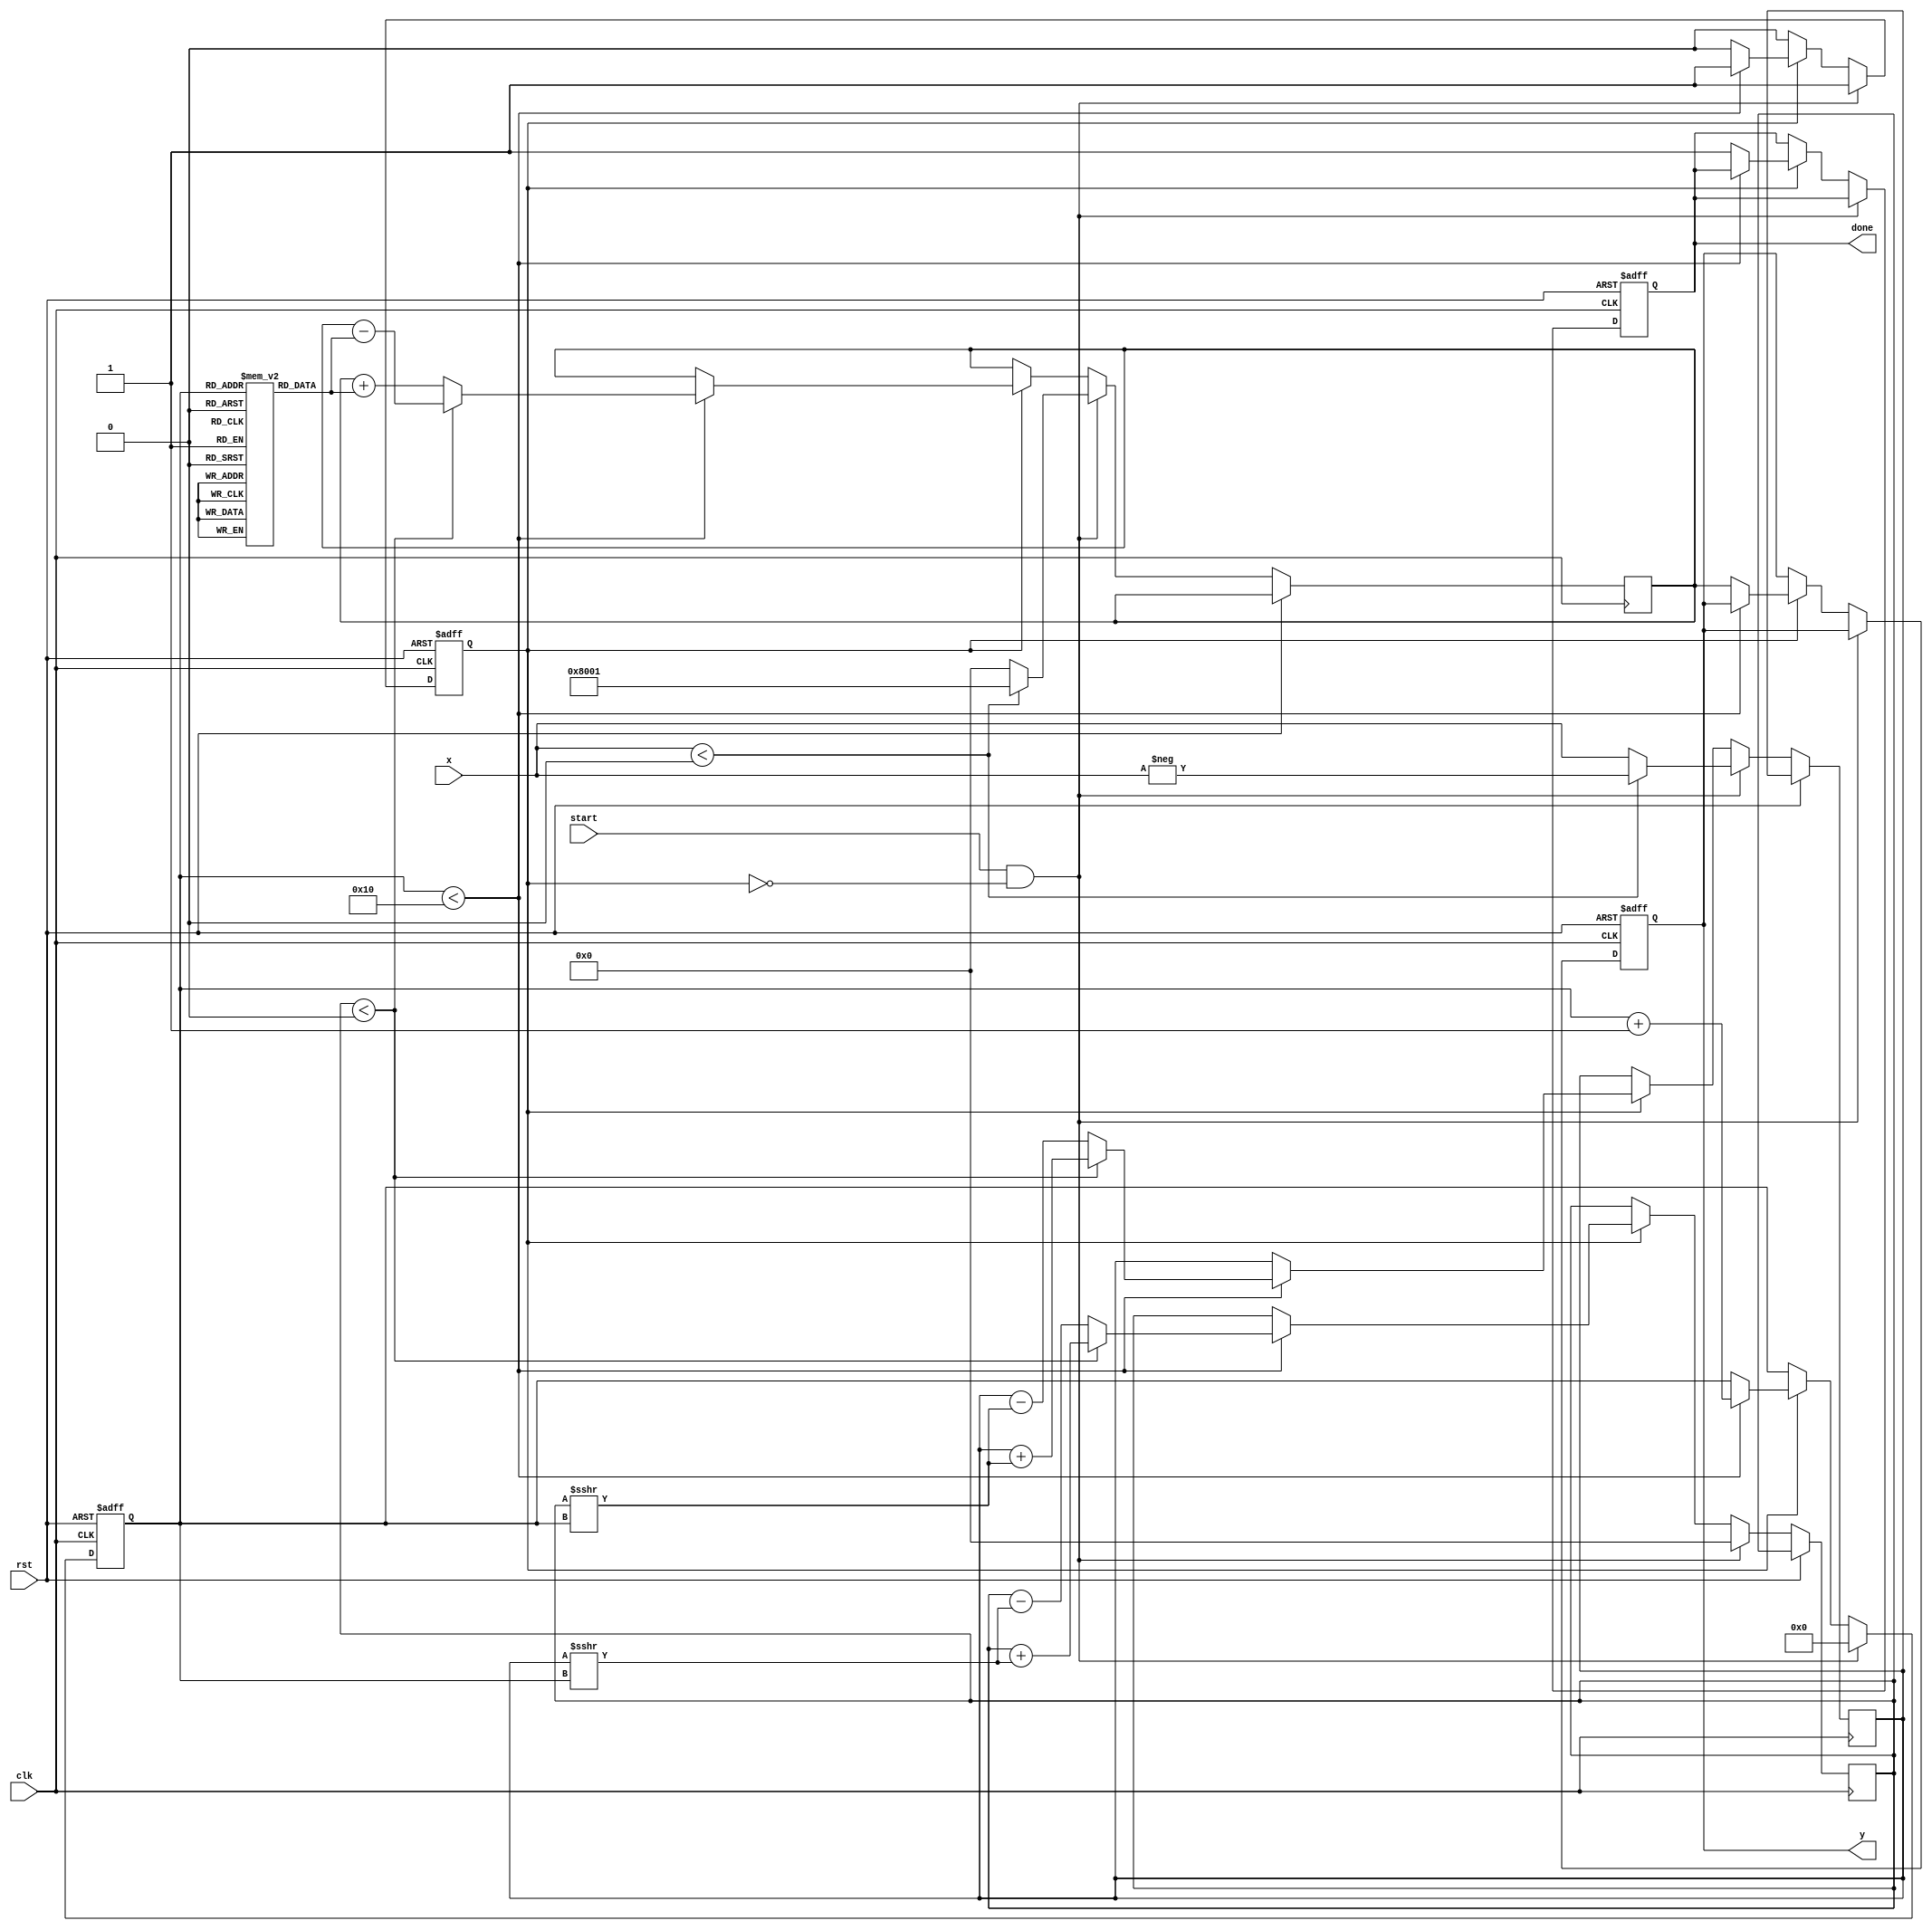
module atan_block (
    input clk,
    input rst,
    input start,
    input signed [15:0] x, // Input value
    output reg signed [15:0] y, // Output angle in radians
    output reg done // Indicates computation complete
);

    // CORDIC configuration parameters
    localparam WIDTH = 16; // Bits for fixed-point
    localparam ITERATIONS = 16; // Number of iterations for CORDIC
    
    reg signed [WIDTH-1:0] angle [0:ITERATIONS-1]; // Lookup for CORDIC angles
    reg signed [WIDTH-1:0] x_cordic, y_cordic, z_cordic; 
    reg [3:0] iteration_count; // Counter for iterations
    reg computing; // Flag to indicate ongoing computation

    // Initialize angles for CORDIC (in radians)
    initial begin
        angle[0] = 16'h3243; // atan(2^-0) = 0.7854
        angle[1] = 16'h1DAC; // atan(2^-1) = 0.4636
        angle[2] = 16'h1C71; // atan(2^-2) = 0.2449
        angle[3] = 16'h1A8E; // atan(2^-3) = 0.1250
        angle[4] = 16'h1C71; // atan(2^-4) = ...
        // Fill in remaining angles...
        angle[5] = 16'hFFFFFF;
        angle[6] = 16'hFFFFFF;
        angle[7] = 16'hFFFFFF;
        angle[8] = 16'hFFFFFF;
        angle[9] = 16'hFFFFFF;
        angle[10] = 16'hFFFFFF;
        angle[11] = 16'hFFFFFF;
        angle[12] = 16'hFFFFFF;
        angle[13] = 16'hFFFFFF;
        angle[14] = 16'hFFFFFF;
        angle[15] = 16'hFFFFFF;
    end

    // Sequential logic
    always @(posedge clk or posedge rst) begin
        if (rst) begin
            y <= 0;
            done <= 0;
            computing <= 0;
            iteration_count <= 0;
        end else if (start && !computing) begin
            // Start the CORDIC calculation
            computing <= 1;
            iteration_count <= 0;
            x_cordic <= x;
            y_cordic <= 0; // Start y at 0
            z_cordic <= 0; // Initialize cylinder angle to zero
            
            // Handle positive and negative inputs
            if (x < 0) begin
                z_cordic <= -16'h7FFF; // Initial angle for negative inputs
                x_cordic <= -x; // Use the absolute value for rotation
            end
        end else if (computing) begin
            if (iteration_count < ITERATIONS) begin
                // CORDIC rotation
                if (y_cordic < 0) begin
                    // Rotate in positive direction
                    x_cordic <= x_cordic + (y_cordic >>> iteration_count);
                    y_cordic <= y_cordic + (x_cordic >>> iteration_count);
                    z_cordic <= z_cordic - angle[iteration_count]; // Subtract angle
                end else begin
                    // Rotate in negative direction
                    x_cordic <= x_cordic - (y_cordic >>> iteration_count);
                    y_cordic <= y_cordic - (x_cordic >>> iteration_count);
                    z_cordic <= z_cordic + angle[iteration_count]; // Add angle
                end
                
                iteration_count <= iteration_count + 1;
            end else begin
                // Finish computation
                y <= z_cordic; // Final result
                done <= 1;
                computing <= 0;
            end
        end
    end
endmodule